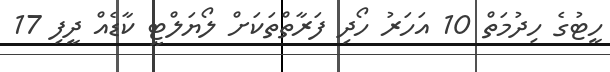
ހީޓުގެ ހިދުމަތް 10 އަހަރު ހޯދި ފަރާތްތަކަށް ލޯޔަލްޓީ ކާޑެއް ދީފި 17